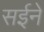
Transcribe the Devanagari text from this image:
सईने